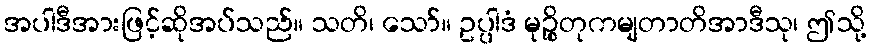
အပါဒီအားဖြင့်ဆိုအပ်သည်။ သတိ၊ သော်။ ဥပ္ပါဒံ မုဉ္စိတုကမျတာတိအာဒီသု၊ ဤသို့